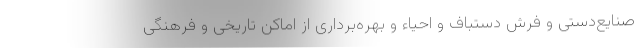
صنایع‌دستی و فرش دستباف و احیاء و بهره‌برداری از اماکن تاریخی و فرهنگی